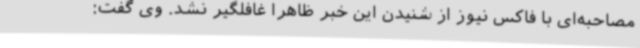
مصاحبه‌ای با فاکس نیوز از شنیدن این خبر ظاهرا غافلگیر نشد. وی گفت: